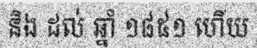
និង ដល់ ឆ្នាំ ១៨៥១ ហើយ